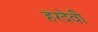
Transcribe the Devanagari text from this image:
हरदेवी